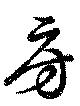
房